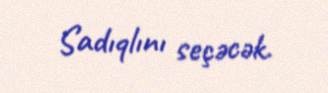
Sadıqlını seçəcək.